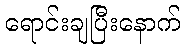
ရောင်းချပြီးနောက်